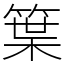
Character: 䈎